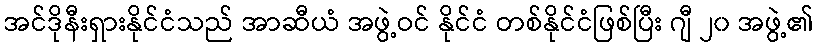
အင်ဒိုနီးရှားနိုင်ငံသည် အာဆီယံ အဖွဲ့ဝင် နိုင်ငံ တစ်နိုင်ငံဖြစ်ပြီး ဂျီ ၂၀ အဖွဲ့၏